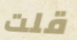
قلت